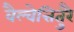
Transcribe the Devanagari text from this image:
वैल्वेत्तितुरै